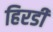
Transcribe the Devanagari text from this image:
हिरडी